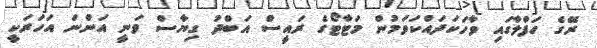
ރޭގެ ހަފްލާގައި ވާހަކަދައްކަވަމުން މަޓާޓޯގެ ރައީސް އަބްދު ގިޔާސް ވަނީ އަންނަ އަހަރަކީ